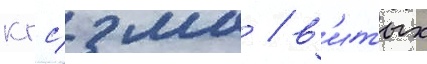
кгс/ мм / в'итых